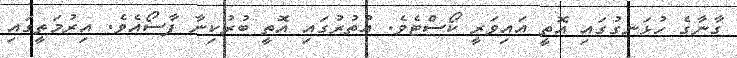
ގާނާގެ ހުޅަނގުގައި އޮތީ އައިވަރީ ކޯސްޓެވެ. އުތުރުގައި އޮތީ ބުރުކިނާ ފާސޯއެވެ. އިރުމަތީގައި